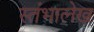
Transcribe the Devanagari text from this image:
स्‍तंभालेख